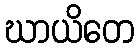
ဃာယိတေ